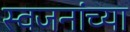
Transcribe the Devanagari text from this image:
स्वजनांच्या